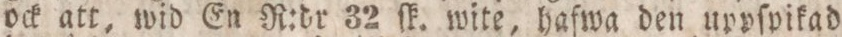
ock att, wid En R:dr 32 ſk. wite, hafwa den uppſpikad